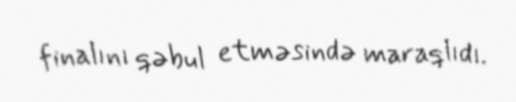
finalını qəbul etməsində maraqlıdı.